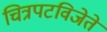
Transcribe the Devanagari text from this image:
चित्रपटविजेते